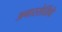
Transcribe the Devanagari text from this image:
अनास्सेर्तिवे